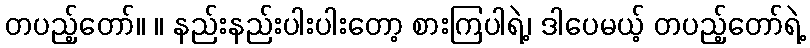
တပည့်တော်။ ။ နည်းနည်းပါးပါးတော့ စားကြပါရဲ့၊ ဒါပေမယ့် တပည့်တော်ရဲ့